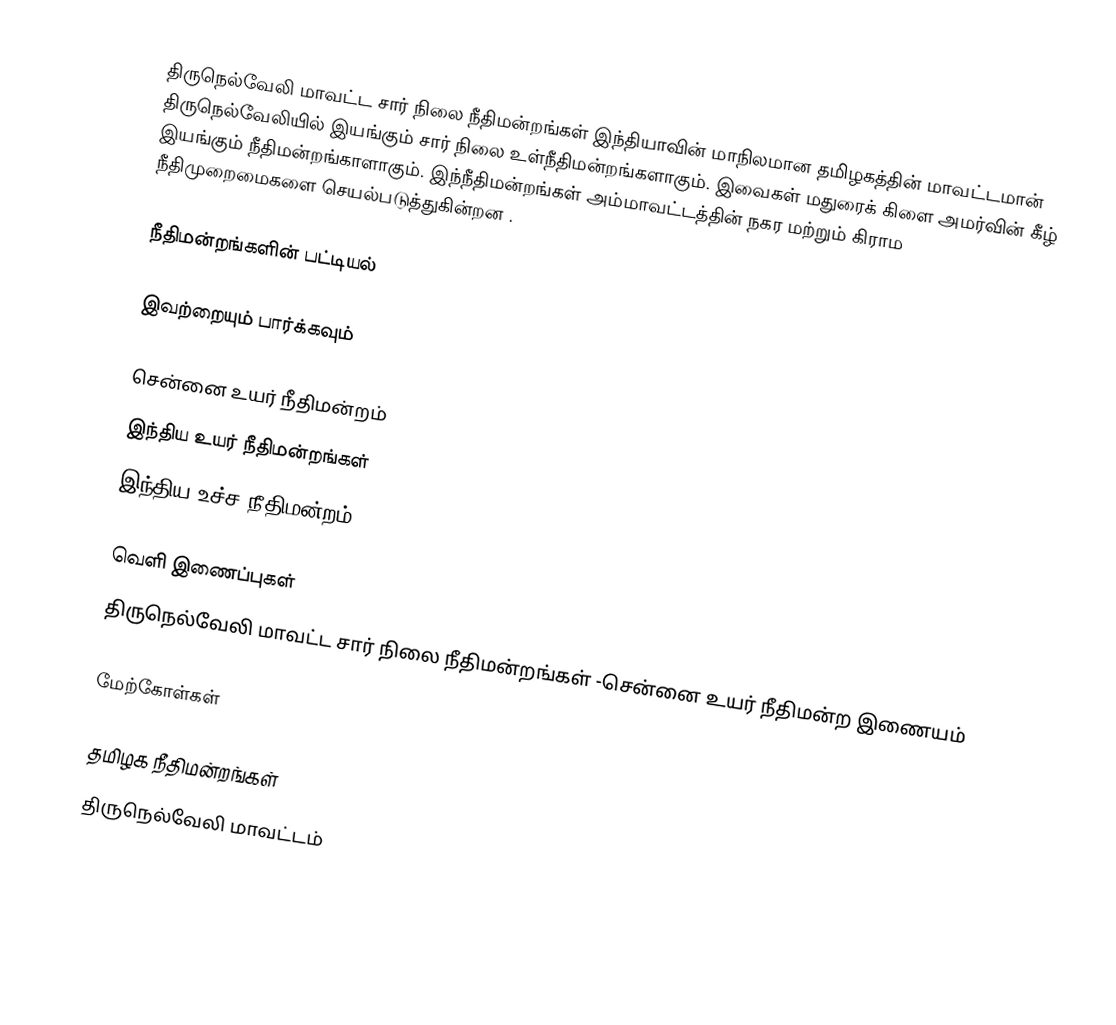
திருநெல்வேலி மாவட்ட சார் நிலை நீதிமன்றங்கள் இந்தியாவின் மாநிலமான தமிழகத்தின் மாவட்டமான் திருநெல்வேலியில் இயங்கும் சார் நிலை உள்நீதிமன்றங்களாகும். இவைகள் மதுரைக் கிளை அமர்வின் கீழ் இயங்கும் நீதிமன்றங்காளாகும். இந்நீதிமன்றங்கள் அம்மாவட்டத்தின் நகர மற்றும் கிராம நீதிமுறைமைகளை செயல்படுத்துகின்றன .

நீதிமன்றங்களின் பட்டியல்

இவற்றையும் பார்க்கவும்

சென்னை உயர் நீதிமன்றம்
இந்திய உயர் நீதிமன்றங்கள்
இந்திய உச்ச நீதிமன்றம்

வெளி இணைப்புகள்
திருநெல்வேலி மாவட்ட சார் நிலை நீதிமன்றங்கள் -சென்னை உயர் நீதிமன்ற இணையம்

மேற்கோள்கள்

தமிழக நீதிமன்றங்கள்
திருநெல்வேலி மாவட்டம்